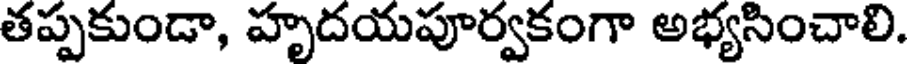
తప్పకుండా, హృదయపూర్వకంగా అభ్యసించాలి.